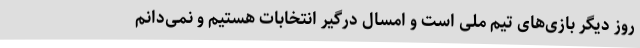
روز دیگر بازی‌های تیم ملی است و امسال درگیر انتخابات هستیم و نمی‌دانم